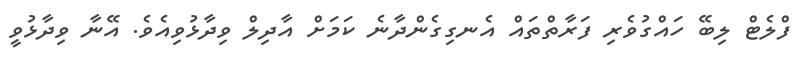
ފްލެޓް ލިބޭ ހައްގުވެރި ފަރާތްތައް އެނގިގެންދާނެ ކަމަށް އާދިލް ވިދާޅުވިއެވެ. އޭނާ ވިދާޅުވީ